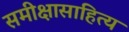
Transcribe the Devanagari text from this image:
समीक्षासाहित्य